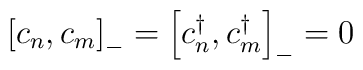
\left[ c_{n},c_{m}\right] _{-} = \left[ c_{n}^{\dagger },c_{m}^{\dagger}\right] _{-}=0